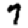
Digit: 7